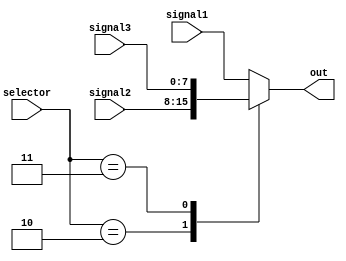
`timescale 1ns / 1ps

module mux( 
    input [7:0]signal1,
    input [7:0]signal2,
    input [7:0]signal3,
    input [1:0]selector,
    output reg [7:0]out = 8'b00000000
    );

always @(*)
    begin
    case(selector)
        1: out = signal1;
        2: out = signal2;
        3: out = signal3;
        default: out = signal1; 
    endcase
    end

endmodule